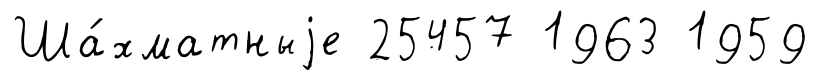
Ша́хматныjе 25457 1963 1959